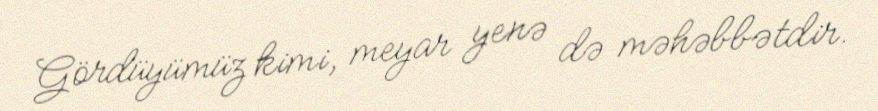
Gördüyümüz kimi, meyar yenə də məhəbbətdir.